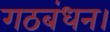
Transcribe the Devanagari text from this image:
गठबंधन।